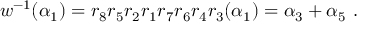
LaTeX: w ^ { - 1 } ( \alpha _ { 1 } ) = r _ { 8 } r _ { 5 } r _ { 2 } r _ { 1 } r _ { 7 } r _ { 6 } r _ { 4 } r _ { 3 } ( \alpha _ { 1 } ) = \alpha _ { 3 } + \alpha _ { 5 } ~ .